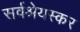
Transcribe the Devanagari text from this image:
सर्वश्रेयस्कर